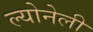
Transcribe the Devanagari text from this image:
ल्योनेली